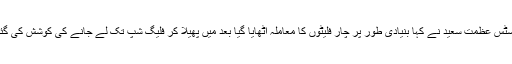
جسٹس عظمت سعید نے کہا بنیادی طور پر چار فلیٹوں کا معاملہ اٹھایا گیا بعد میں پھیلا کر فلیگ شپ تک لے جانے کی کوشش کی گئی۔